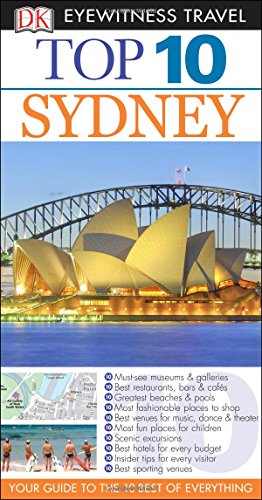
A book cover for Top 10 Sydney (Eyewitness Top 10 Travel Guide); Steve Womersley; Travel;